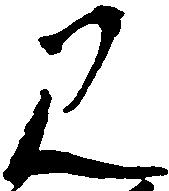
み